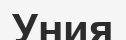
Уния